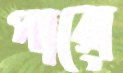
পারো